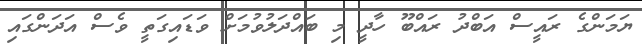
ޔަމަންގެ ރައީސް އަބްދު ރައްބޫ ހާދީ މި ބައްދަލުވުމަށް ވަޑައިގަތީ ވެސް އަދަންގައި